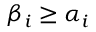
\beta _ { i } \geq \alpha _ { i }